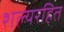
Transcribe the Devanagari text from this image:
शल्यरहित